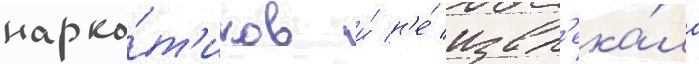
нарко́т'иков и́ н'е́ извл'ека́ла